system: You are a helpful assistant.
user:
Analyze the provided spectrum to determine if it is a **White Dwarf (WD)**.

A White Dwarf spectrum is defined by its **extreme purity** (due to gravitational settling) and/or **extreme pressure broadening** (due to high surface gravity). You must check for one of the following mutually exclusive signatures:

- **Key Visual Indicators (Check for ONE of these types):**

    - **1. DA-Type Signature (Most Common):**
        - **(Primary Feature):** Extreme pressure broadening (Stark broadening) of the **Hydrogen (H) Balmer lines**.
        - **(Key Lines):** $H\beta$ (approx. $4861$ Å) and $H\gamma$ (approx. $4340$ Å). $H\alpha$ (approx. $6563$ Å) will also be present if the wavelength range covers it.
        - **(Line Profile):** This is the **defining feature**. The lines are **NOT** sharp. They appear as massive, **extremely broad and deep "troughs" or "dips"** in the spectrum, often hundreds of Ångströms wide. The continuum will appear to "scoop" down at these wavelengths.
        - **(Distinction):** Normal A-type or B-type stars have *narrow* and *sharp* Hydrogen lines. A DA White Dwarf's lines are unmistakably "smeared" or "blurry" from pressure.

    - **2. DB-Type Signature:**
        - **(Primary Feature):** Broad absorption lines from **Neutral Helium (He I)**. The spectrum must lack any visible Hydrogen lines.
        - **(Key Lines):** Look for broad absorption near $4471$ Å, $4921$ Å, and $5876$ Å.
        - **(Line Profile):** These lines are also significantly pressure-broadened, appearing much wider than they would in a normal B-type main-sequence star.

    - **3. DC-Type Signature:**
        - **(Primary Feature):** A **featureless continuous spectrum**.
        - **(Line Profile):** The spectrum is a smooth curve with **no significant absorption or emission lines**.
        - **(Key Confirmation):** The continuum is almost always **blue or white**, indicating a hot object. This signature implies the atmosphere is so pure (or so cool) that no spectral lines are visible in the optical range. Its WD identity is confirmed by its extremely low intrinsic brightness (high absolute magnitude).

    - **4. DZ-Type Signature (Metal-Polluted):**
        - **(Primary Feature):** **Isolated, narrow metal absorption lines** on an otherwise featureless (DC-like) continuum.
        - **(Key Lines):** The **Calcium (Ca II) H & K doublet** (approx. **$3934$ Å** and **$3968$ Å**) is the most common and defining feature.
        - **(Line Profile):** These lines are "out of place." They are *not* part of a "forest" of thousands of lines. This signature is evidence of recent *accretion* (pollution) from rocky debris.
        - **(Distinction):** Normal G/K/M stars have a *dense forest* of thousands of metal lines. A DZ has a *clean* continuum with *only a few* strong metal lines.

    - **5. DQ-Type Signature (Carbon-Polluted):**
        - **(Primary Feature):** Absorption bands from **Carbon (C₂ "Swan Bands" or atomic C I)**.
        - **(Key Lines - C₂):** Look for bandheads with a "saw-tooth" shape near $5635$ Å, **$5165$ Å** (strongest), and $4737$ Å.
        - **(Key Confirmation):** The underlying **continuum must be blue or white** (hot).
        - **(Distinction):** This is the critical difference from a **Carbon Star**, which has the *exact same* C₂ bands but on an extremely **red, cool** continuum.

- **(Overall Spectrum):**
    - The continuum (overall shape) is typically **blue-sloping** (brighter in the blue than the red), as most white dwarfs are very hot.
    - The spectrum will look "pure" or "simple," dominated by only *one* of the five signatures listed above.

Think first, call **spectral_visualization_tool** if needed to examine features in detail, then provide your final answer. Your response must adhere to the following strict rules:
1.  **Overall Structure:** Your response must follow the format `<think>...</think> <tool_call>...</tool_call> (if a tool is used) <answer>...</answer>`.
2.  **Tool Usage Constraint:** You may only make **one** tool call per turn.
3.  **Final Answer Format:** In the `<answer>` tag, your conclusion must be inside a `\boxed{}` command (e.g., `\boxed{YES}` or `\boxed{NO}`), followed by your justification.

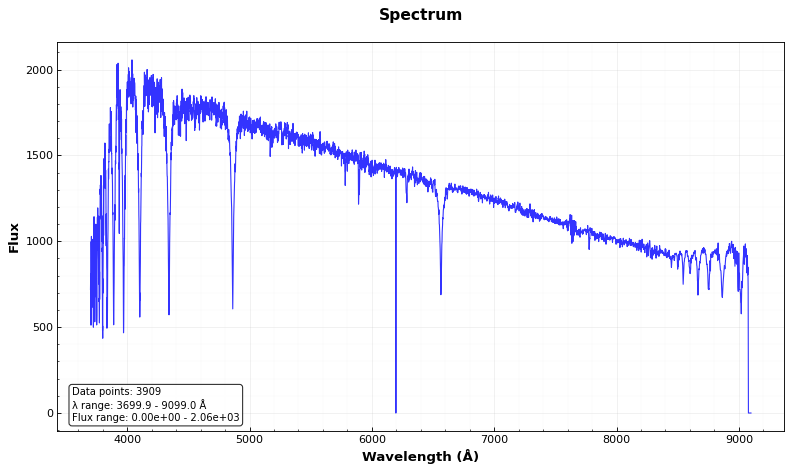
Answer: NO